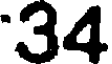
34